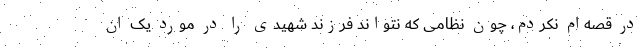
در قصه‌ام نکردم، چون نظامی که نتواند فرزند شهیدی را در مورد یک ان